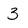
Character: 3